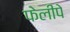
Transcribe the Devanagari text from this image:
फेलीपे